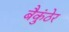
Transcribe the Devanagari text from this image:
बैकुंठेर